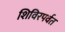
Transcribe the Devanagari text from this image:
शिविरपर्वत